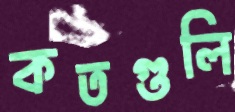
কতগুলি